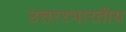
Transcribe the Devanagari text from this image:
उत्तररभारतीय